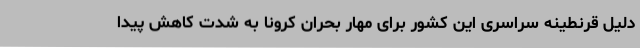
دلیل قرنطینه سراسری این کشور برای مهار بحران کرونا به شدت کاهش پیدا